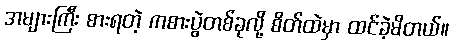
အများကြီး စားရတဲ့ ကစားပွဲတစ်ခုလို့ စိတ်ထဲမှာ ထင်ခဲ့မိတယ်။